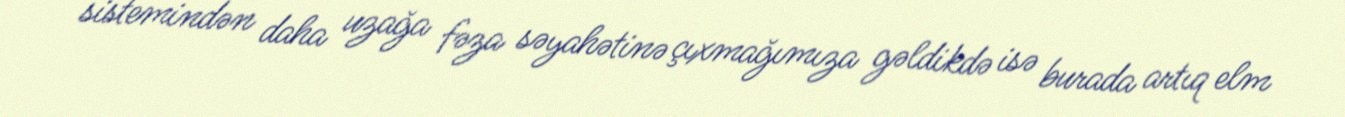
sistemindən daha uzağa fəza səyahətinə çıxmağımıza gəldikdə isə burada artıq elm